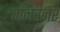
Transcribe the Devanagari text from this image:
गनरनर